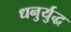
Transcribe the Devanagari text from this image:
धनुर्युद्ध